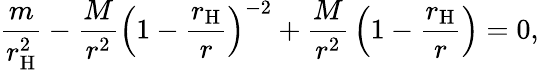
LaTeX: {\frac{m}{r_{\mathrm{H}}^{2}}}-{\frac{M}{r^{2}}}\left(1-{\frac{r_{\mathrm{H}}}{r}}\right)^{-2}+{\frac{M}{r^{2}}}\left(1-{\frac{r_{\mathrm{H}}}{r}}\right)=0,